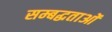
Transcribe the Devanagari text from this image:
सम्बद्धताओं